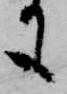
も